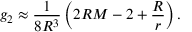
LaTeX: g _ { 2 } \approx \frac { 1 } { 8 R ^ { 3 } } \left( 2 R M - 2 + \frac { R } { r } \right) .